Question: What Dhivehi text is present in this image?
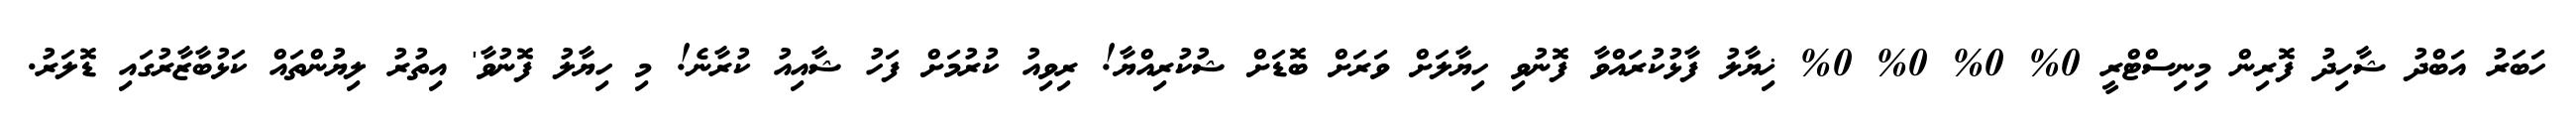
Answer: ހަބަރު އަބްދު ޝާހިދު ފޮރިން މިނިސްޓްރީ 0% 0% 0% 0% ޚިޔާލު ފާޅުކުރައްވާ ފޮނުވި ހިޔާލަށް ވަރަށް ބޮޑަށް ޝުކުރިއްޔާ! ރިވިއު ކުރުމަށް ފަހު ޝާއިއު ކުރާނެ! މި ހިޔާލު ފޮނުވާ' އިތުރު ލިޔުންތައް ކަޅުބާޒާރުގައި ޑޮލަރު.